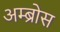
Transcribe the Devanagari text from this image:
अम्ब्रोस